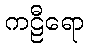
ကဠီရော